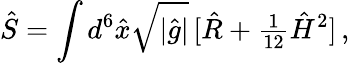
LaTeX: \hat{S}=\int d^{6}\hat{x}\sqrt{|\hat{g}|}\, [\hat{R}+{\textstyle\frac{1}{12}}\hat{H}^{2}]\, ,